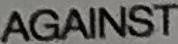
AGAINST